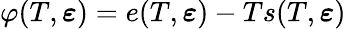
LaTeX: \varphi(T,\boldsymbol\varepsilon)=e(T,\boldsymbol\varepsilon)-Ts(T,\boldsymbol\varepsilon)